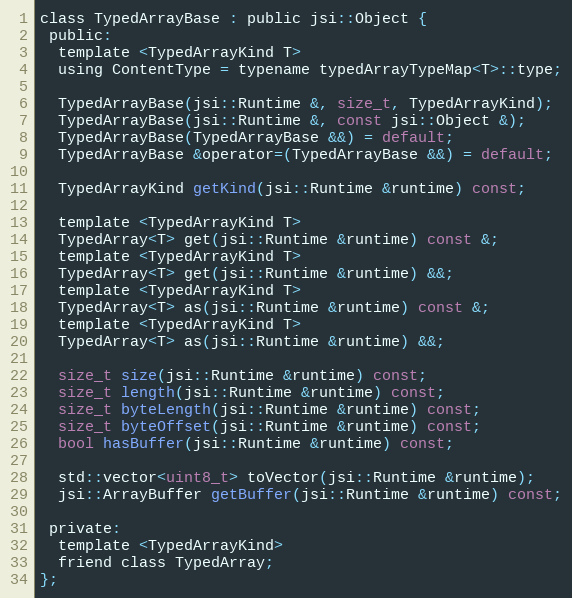
Language: C
class TypedArrayBase : public jsi::Object {
 public:
  template <TypedArrayKind T>
  using ContentType = typename typedArrayTypeMap<T>::type;

  TypedArrayBase(jsi::Runtime &, size_t, TypedArrayKind);
  TypedArrayBase(jsi::Runtime &, const jsi::Object &);
  TypedArrayBase(TypedArrayBase &&) = default;
  TypedArrayBase &operator=(TypedArrayBase &&) = default;

  TypedArrayKind getKind(jsi::Runtime &runtime) const;

  template <TypedArrayKind T>
  TypedArray<T> get(jsi::Runtime &runtime) const &;
  template <TypedArrayKind T>
  TypedArray<T> get(jsi::Runtime &runtime) &&;
  template <TypedArrayKind T>
  TypedArray<T> as(jsi::Runtime &runtime) const &;
  template <TypedArrayKind T>
  TypedArray<T> as(jsi::Runtime &runtime) &&;

  size_t size(jsi::Runtime &runtime) const;
  size_t length(jsi::Runtime &runtime) const;
  size_t byteLength(jsi::Runtime &runtime) const;
  size_t byteOffset(jsi::Runtime &runtime) const;
  bool hasBuffer(jsi::Runtime &runtime) const;

  std::vector<uint8_t> toVector(jsi::Runtime &runtime);
  jsi::ArrayBuffer getBuffer(jsi::Runtime &runtime) const;

 private:
  template <TypedArrayKind>
  friend class TypedArray;
};